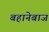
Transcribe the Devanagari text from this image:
बहानेबाज